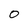
Character: 0